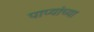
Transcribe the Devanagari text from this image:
पाप्यांच्या